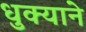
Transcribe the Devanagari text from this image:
धुक्याने